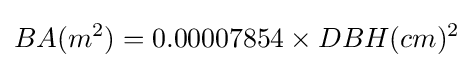
BA(m^{2})=0.00007854\times DBH(cm)^{2}